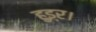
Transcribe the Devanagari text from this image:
हुइ्र।